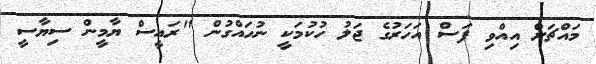
މައްޗަށް އިއްވި ފަސް އަހަރުގެ ޖަލު ހުކުމަކީ ނުހައްގުން "ރައީސް ޔާމީން ސިޔާސީ